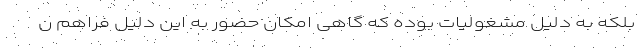
بلکه به دلیل مشغولیات بوده که گاهی امکان حضور به این دلیل فراهم ن